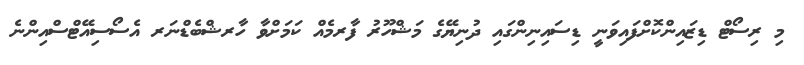
މި ރިސޯޓް ޑިޒައިންކޮށްފައިވަނީ ޑިސައިނިންގައި ދުނިޔޭގެ މަޝްހޫރު ފާރމެއް ކަމަށްވާ ހާރޝްބެޑްނަރ އެސޯސިއޭޓްސްއިންނެ